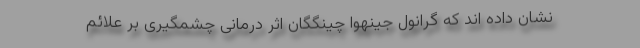
نشان داده اند که گرانول جینهوا چینگگان اثر درمانی چشمگیری بر علائم